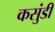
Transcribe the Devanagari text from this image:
कसुंडी